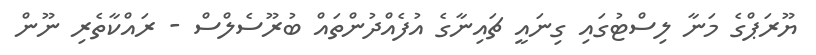
ޔޫރަޕްގެ މަނާ ލިސްޓުގައި ގިނައީ ޗައިނާގެ އުފެއްދުންތައް ބުރޫސެލްސް - ރައްކާތެރި ނޫން